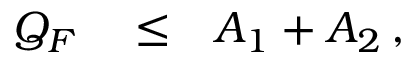
\begin{array} { r l r } { Q _ { F } } & { { } \le } & { A _ { 1 } + A _ { 2 } \, , } \end{array}